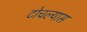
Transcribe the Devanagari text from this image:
टोचल्यास